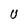
Character: U